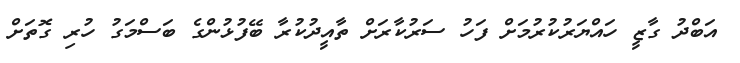
އަބްދު ގާޒީ ހައްޔަރުކުރުމަށް ފަހު ސަރުކާރަށް ތާއީދުކުރާ ބޭފުޅުންގެ ބަސްމަގު ހުރި ގޮތަށް